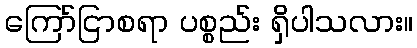
ကြော်ငြာစရာ ပစ္စည်း ရှိပါသလား။